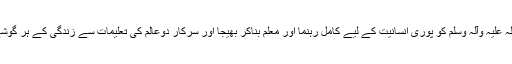
اللہ تعالیٰ نے نبی صلی اللہ علیہ وآلہ وسلم کو پوری انسانیت کے لیے کامل رہنما اور معلم بناکر بھیجا اور سرکار دوعالم کی تعلیمات سے زندگی کے ہر گوشے میں انقلاب برپا ہوگیا۔